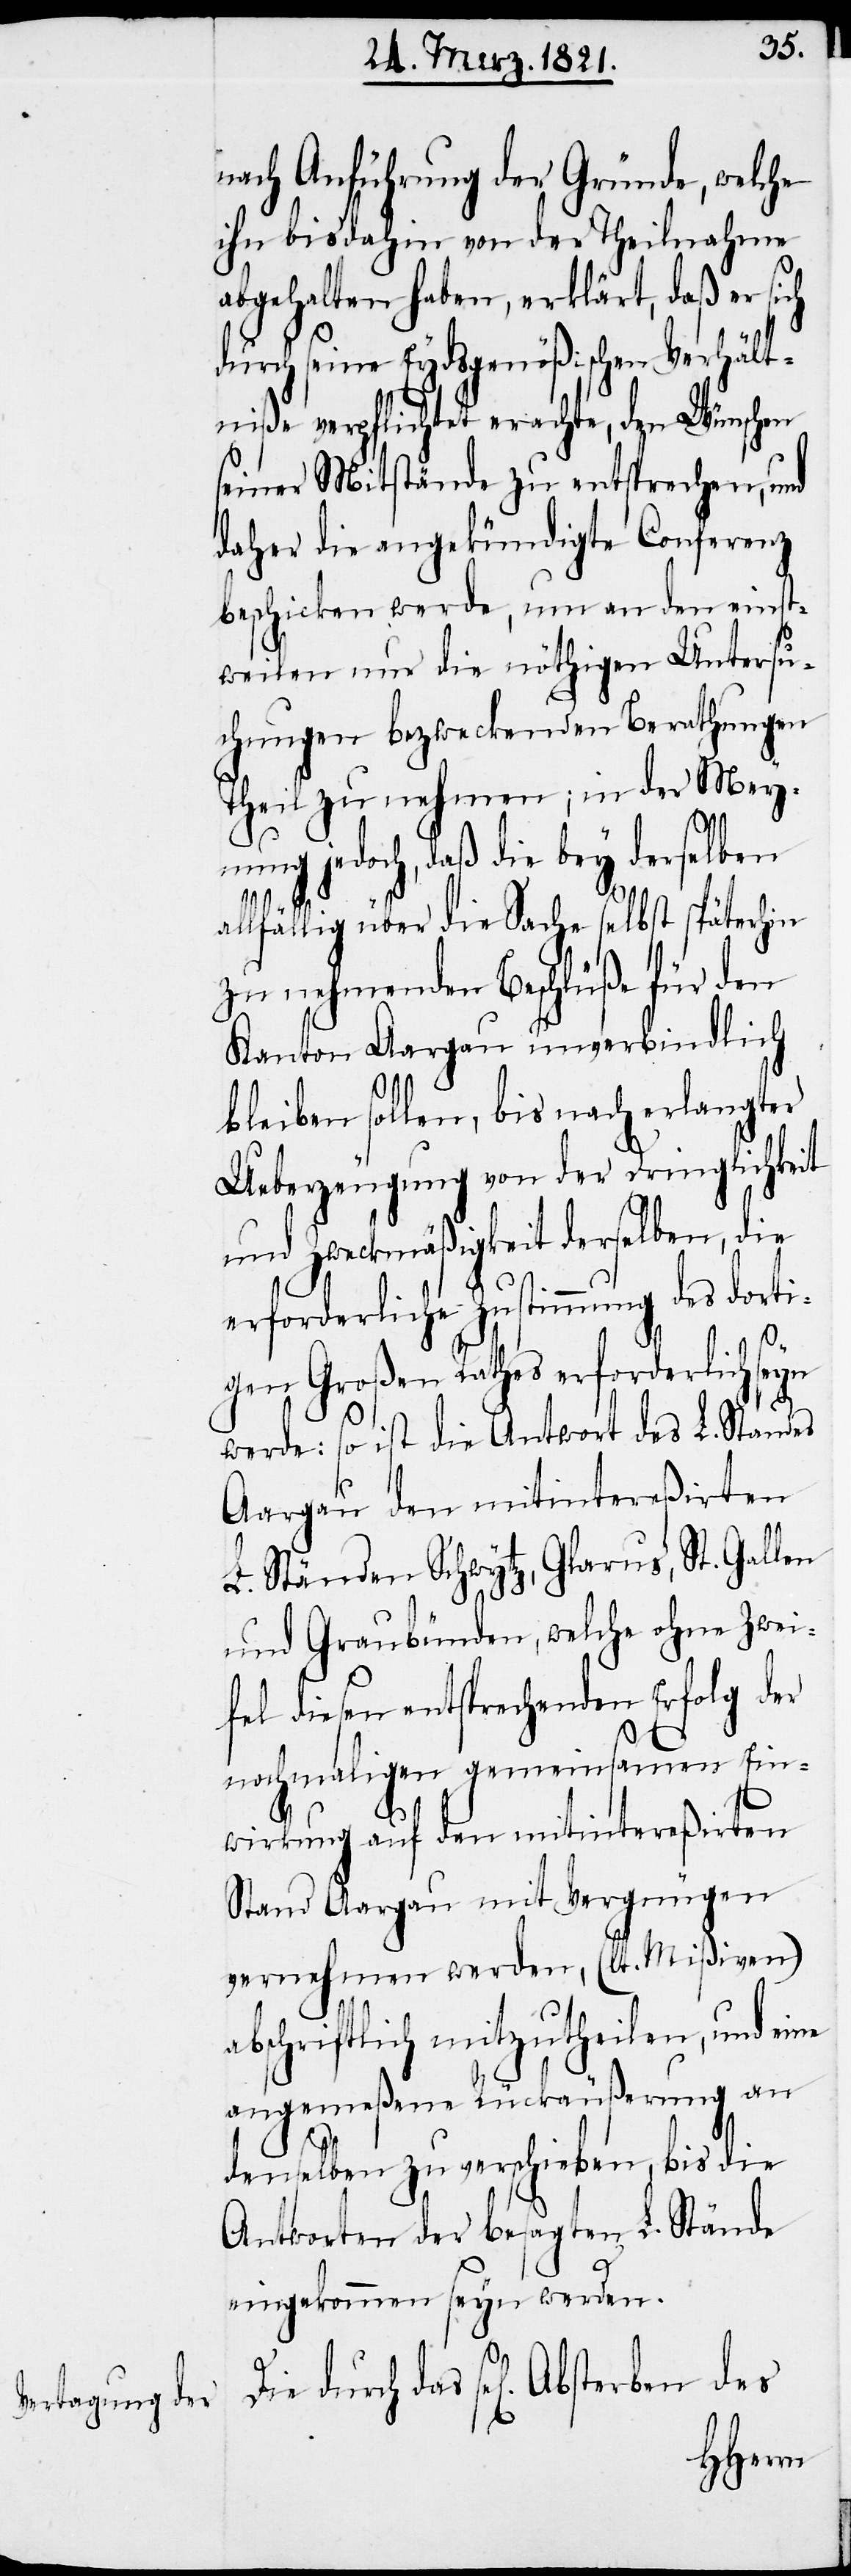
nach Anführung der Gründe, welche
ihn bisdahin von der Theilnahme
abgehalten haben, erklärt, daß er sich
durch seine Eydsgenößischen Verhält¬
niße verpflichtet erachte, den Wünschen
seiner Mitstände zu entsprechen, und
daher die angekündigte Conferenz
beschicken werde, um an den einst¬
weilen nur die nöthigen Untersu¬
chungen bezweckenden Berathungen
Theil zu nehmen; in der Mey¬
nung jedoch, daß die bey derselben
allfällig über die Sache selbst späterhin
zu nehmenden Beschlüße für den
Kanton Aargau unverbindlich
bleiben sollen, bis nach erlangter
Ueberzeugung von der Dringlichkeit
und Zweckmäßigkeit derselben, die
erforderliche Zustimmung des dorti¬
gen Großen Rathes erforderlich seyn
werde: so ist die Antwort des L. Standes
Aargau den mitintereßirten
L. Ständen Schwytz, Glarus, St. Gallen
und Graubünden, welche ohne Zwei¬
fel diesen entsprechenden Erfolg der
nochmaligen gemeinsamen Ein¬
wirkung auf den mitintereßirten
Stand Aargau mit Vergnügen
vernehmen werden, (lt. Mißiven)
abschriftlich mitzutheilen, und eine
angemeßene Rückäußerung an
denselben zu verschieben, bis die
Antworten der besagten L. Stände
eingekommen seyn werden.